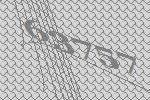
63757